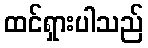
ထင်ရှားပါသည်